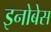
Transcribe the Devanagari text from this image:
इनोबेस